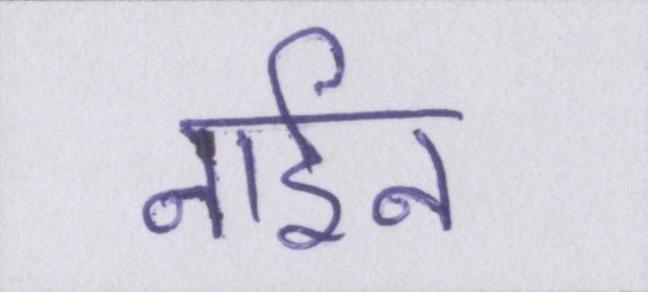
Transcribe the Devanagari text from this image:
नाईन